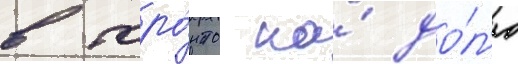
в торо́нто на́ до́л'ю